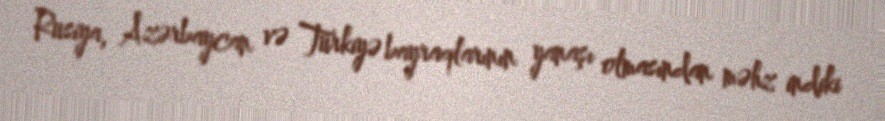
Rusiya, Azərbaycan və Türkiyə bayraqlarının yanaşı olmasından məhz indiki